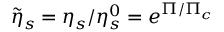
\tilde { \eta } _ { s } = \eta _ { s } / \eta _ { s } ^ { 0 } = e ^ { \Pi / \Pi _ { c } }